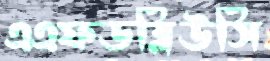
এএফডব্লিউসি